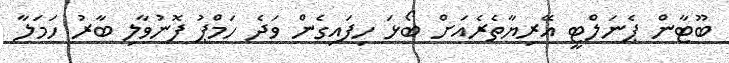
ބޫޓާން ޕެނަލްޓީ އޭރިޔާތެރެއަށް ބޯޅަ ހިފައިގެން ވަދެ ހަމްޕު ފޮނުވާލި ބާރު ހަމަލާ